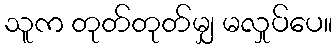
သူက တုတ်တုတ်မျှ မလှုပ်ပေ။